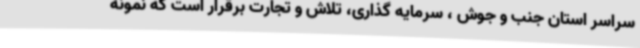
سراسر استان جنب و جوش ، سرمایه گذاری، تلاش و تجارت برقرار است که نمونه